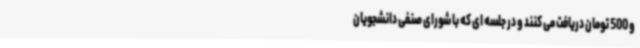
و 500 تومان دریافت می کنند و در جلسه ای که با شورای صنفی دانشجویان